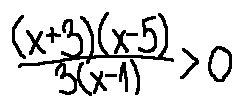
\frac { ( x + 3 ) ( x - 5 ) } { 3 ( x - 1 ) } > 0